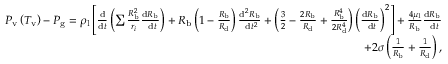
\begin{array} { r } { P _ { \mathrm { v } } \left( T _ { \mathrm { v } } \right) - P _ { \mathrm { g } } = \rho _ { \mathrm { l } } \left[ \frac { \mathrm { d } } { \mathrm { d } t } \left( \sum \frac { R _ { \mathrm { b } } ^ { 2 } } { r _ { i } } \frac { \mathrm { d } R _ { \mathrm { b } } } { \mathrm { ~ d } t } \right) + R _ { \mathrm { b } } \left( 1 - \frac { R _ { \mathrm { b } } } { R _ { \mathrm { d } } } \right) \frac { \mathrm { d } ^ { 2 } R _ { \mathrm { b } } } { \mathrm { ~ d } t ^ { 2 } } + \left( \frac { 3 } { 2 } - \frac { 2 R _ { \mathrm { b } } } { R _ { \mathrm { d } } } + \frac { R _ { \mathrm { b } } ^ { 4 } } { 2 R _ { \mathrm { d } } ^ { 4 } } \right) \left( \frac { \mathrm { d } R _ { \mathrm { b } } } { \mathrm { ~ d } t } \right) ^ { 2 } \right] + \frac { 4 \mu _ { \mathrm { l } } } { R _ { \mathrm { b } } } \frac { \mathrm { d } R _ { \mathrm { b } } } { \mathrm { ~ d } t } } \\ { + 2 \sigma \left( \frac { 1 } { R _ { \mathrm { b } } } + \frac { 1 } { R _ { \mathrm { d } } } \right) , } \end{array}